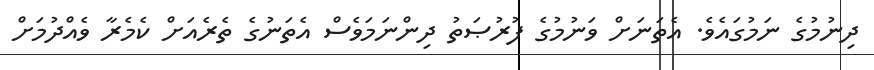
ދިނުމުގެ ނަމުގައެވެ. އެތަނަށް ވަނުމުގެ ފުރުޞަތު ދިންނަމަވެސް އެތަނުގެ ތެރެއަށް ކެމެރާ ވެއްދުމަށް